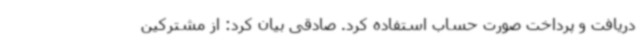
دریافت و پرداخت صورت حساب استفاده کرد. صادقی بیان کرد: از مشترکین